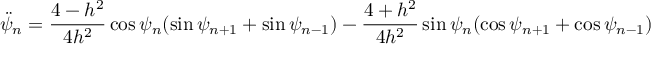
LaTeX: \ddot { \psi } _ { n } = \frac { 4 - h ^ { 2 } } { 4 h ^ { 2 } } \cos \psi _ { n } ( \sin \psi _ { n + 1 } + \sin \psi _ { n - 1 } ) - \frac { 4 + h ^ { 2 } } { 4 h ^ { 2 } } \sin \psi _ { n } ( \cos \psi _ { n + 1 } + \cos \psi _ { n - 1 } )